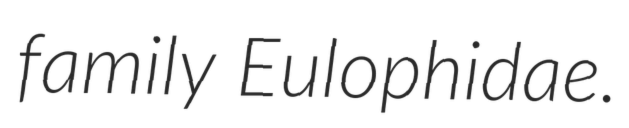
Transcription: family Eulophidae.